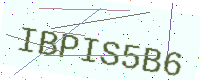
Text: IBPIS5B6